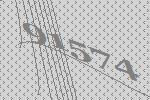
91574